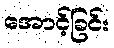
အောင့်ခြင်း